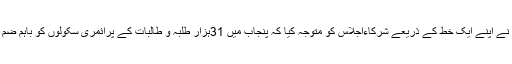
٭	ڈاکٹر طاہر سراج صاحب نے اپنے ایک خط کے ذریعے شرکاءاجلاس کو متوجہ کیا کہ پنجاب میں 31ہزار طلبہ و طالبات کے پرائمری سکولوں کو باہم ضم کرنے کا فیصلہ کرلیاگیا ہے۔